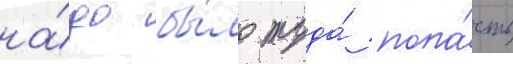
на́до бы́ло туда́ попа́сть